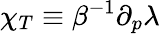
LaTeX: \chi_{T}\equiv\beta^{-1}\partial_{p}\lambda